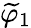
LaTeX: \widetilde{\varphi}_{1}